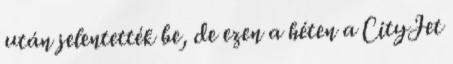
után jelentették be, de ezen a héten a CityJet